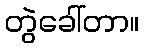
တွဲခေါ်တာ။